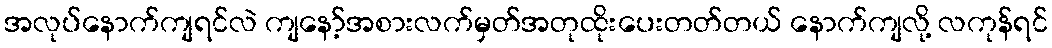
အလုပ်နောက်ကျရင်လဲ ကျနော့်အစားလက်မှတ်အတုထိုးပေးတတ်တယ် နောက်ကျလို့ လကုန်ရင်